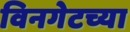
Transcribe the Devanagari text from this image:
विनगेटच्या